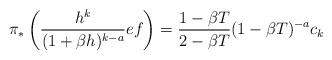
LaTeX: \begin{align*} \pi_*\left( \frac{h^k}{(1+\beta h)^{k-a}} ef \right) &= \frac{1-\beta T}{2-\beta T}(1-\beta T)^{-a} c_k \end{align*}